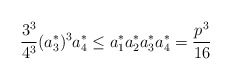
\begin{align*} \frac{3^{3}}{4^{3}} (a_{3}^{*})^{3} a_{4}^{*} \leq a_{1}^{*} a_{2}^{*} a_{3}^{*} a_{4}^{*} = \frac{p^{3}}{16} \end{align*}